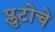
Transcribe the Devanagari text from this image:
प्लुटोचे